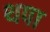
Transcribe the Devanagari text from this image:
थपा